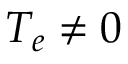
T _ { e } \neq 0